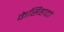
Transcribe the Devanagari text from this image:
केसिहाटां